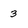
Character: 3